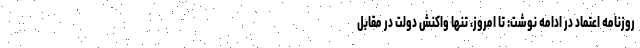
روزنامه اعتماد در ادامه نوشت: تا امروز، تنها واكنش دولت در مقابل